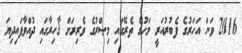
2016 ވަނަ އަހަރުގެ ފެބުރުއަރީ މަހުގެ ތެރޭގައި މިޞްރުގެ ވެރިރަށް ޤާހިރާގައި ދުއްވާފައިދިޔަ